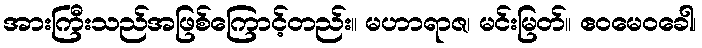
အားကြီးသည်အဖြစ်ကြောင့်တည်း။ မဟာရာဇ၊ မင်းမြတ်။ ဧဝမေဝခေါ၊